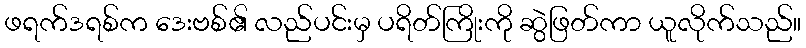
ဖရက်ဒရစ်က ဒေးဗစ်၏ လည်ပင်းမှ ပရိတ်ကြိုးကို ဆွဲဖြတ်ကာ ယူလိုက်သည်။